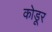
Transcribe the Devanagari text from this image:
कोडूर